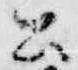
公